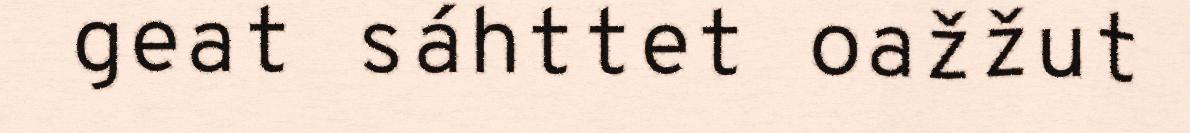
geat sáhttet oažžut